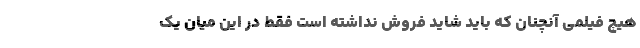
هیچ فیلمی آنچنان که باید شاید فروش نداشته است فقط در این میان یک